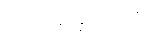
ပယ်ချခဲ့သည်